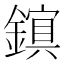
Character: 𫓃